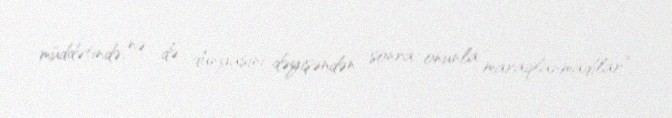
müddətində, nə də dünyasını dəyişəndən sonra onunla maraqlanmadılar”.